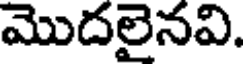
మొదలైనవి.